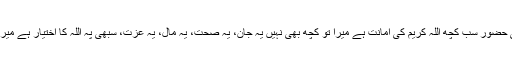
میں نے عرض کی حضور سب کچھ اللہ کریم کی امانت ہے میرا تو کُچھ بھی نہیں یہ جان، یہ صحت، یہ مال، یہ عزت، سبھی پہ اللہ کا اختیار ہے میرا تو کچھ بھی نہیں۔